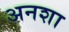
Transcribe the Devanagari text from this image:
अनशा